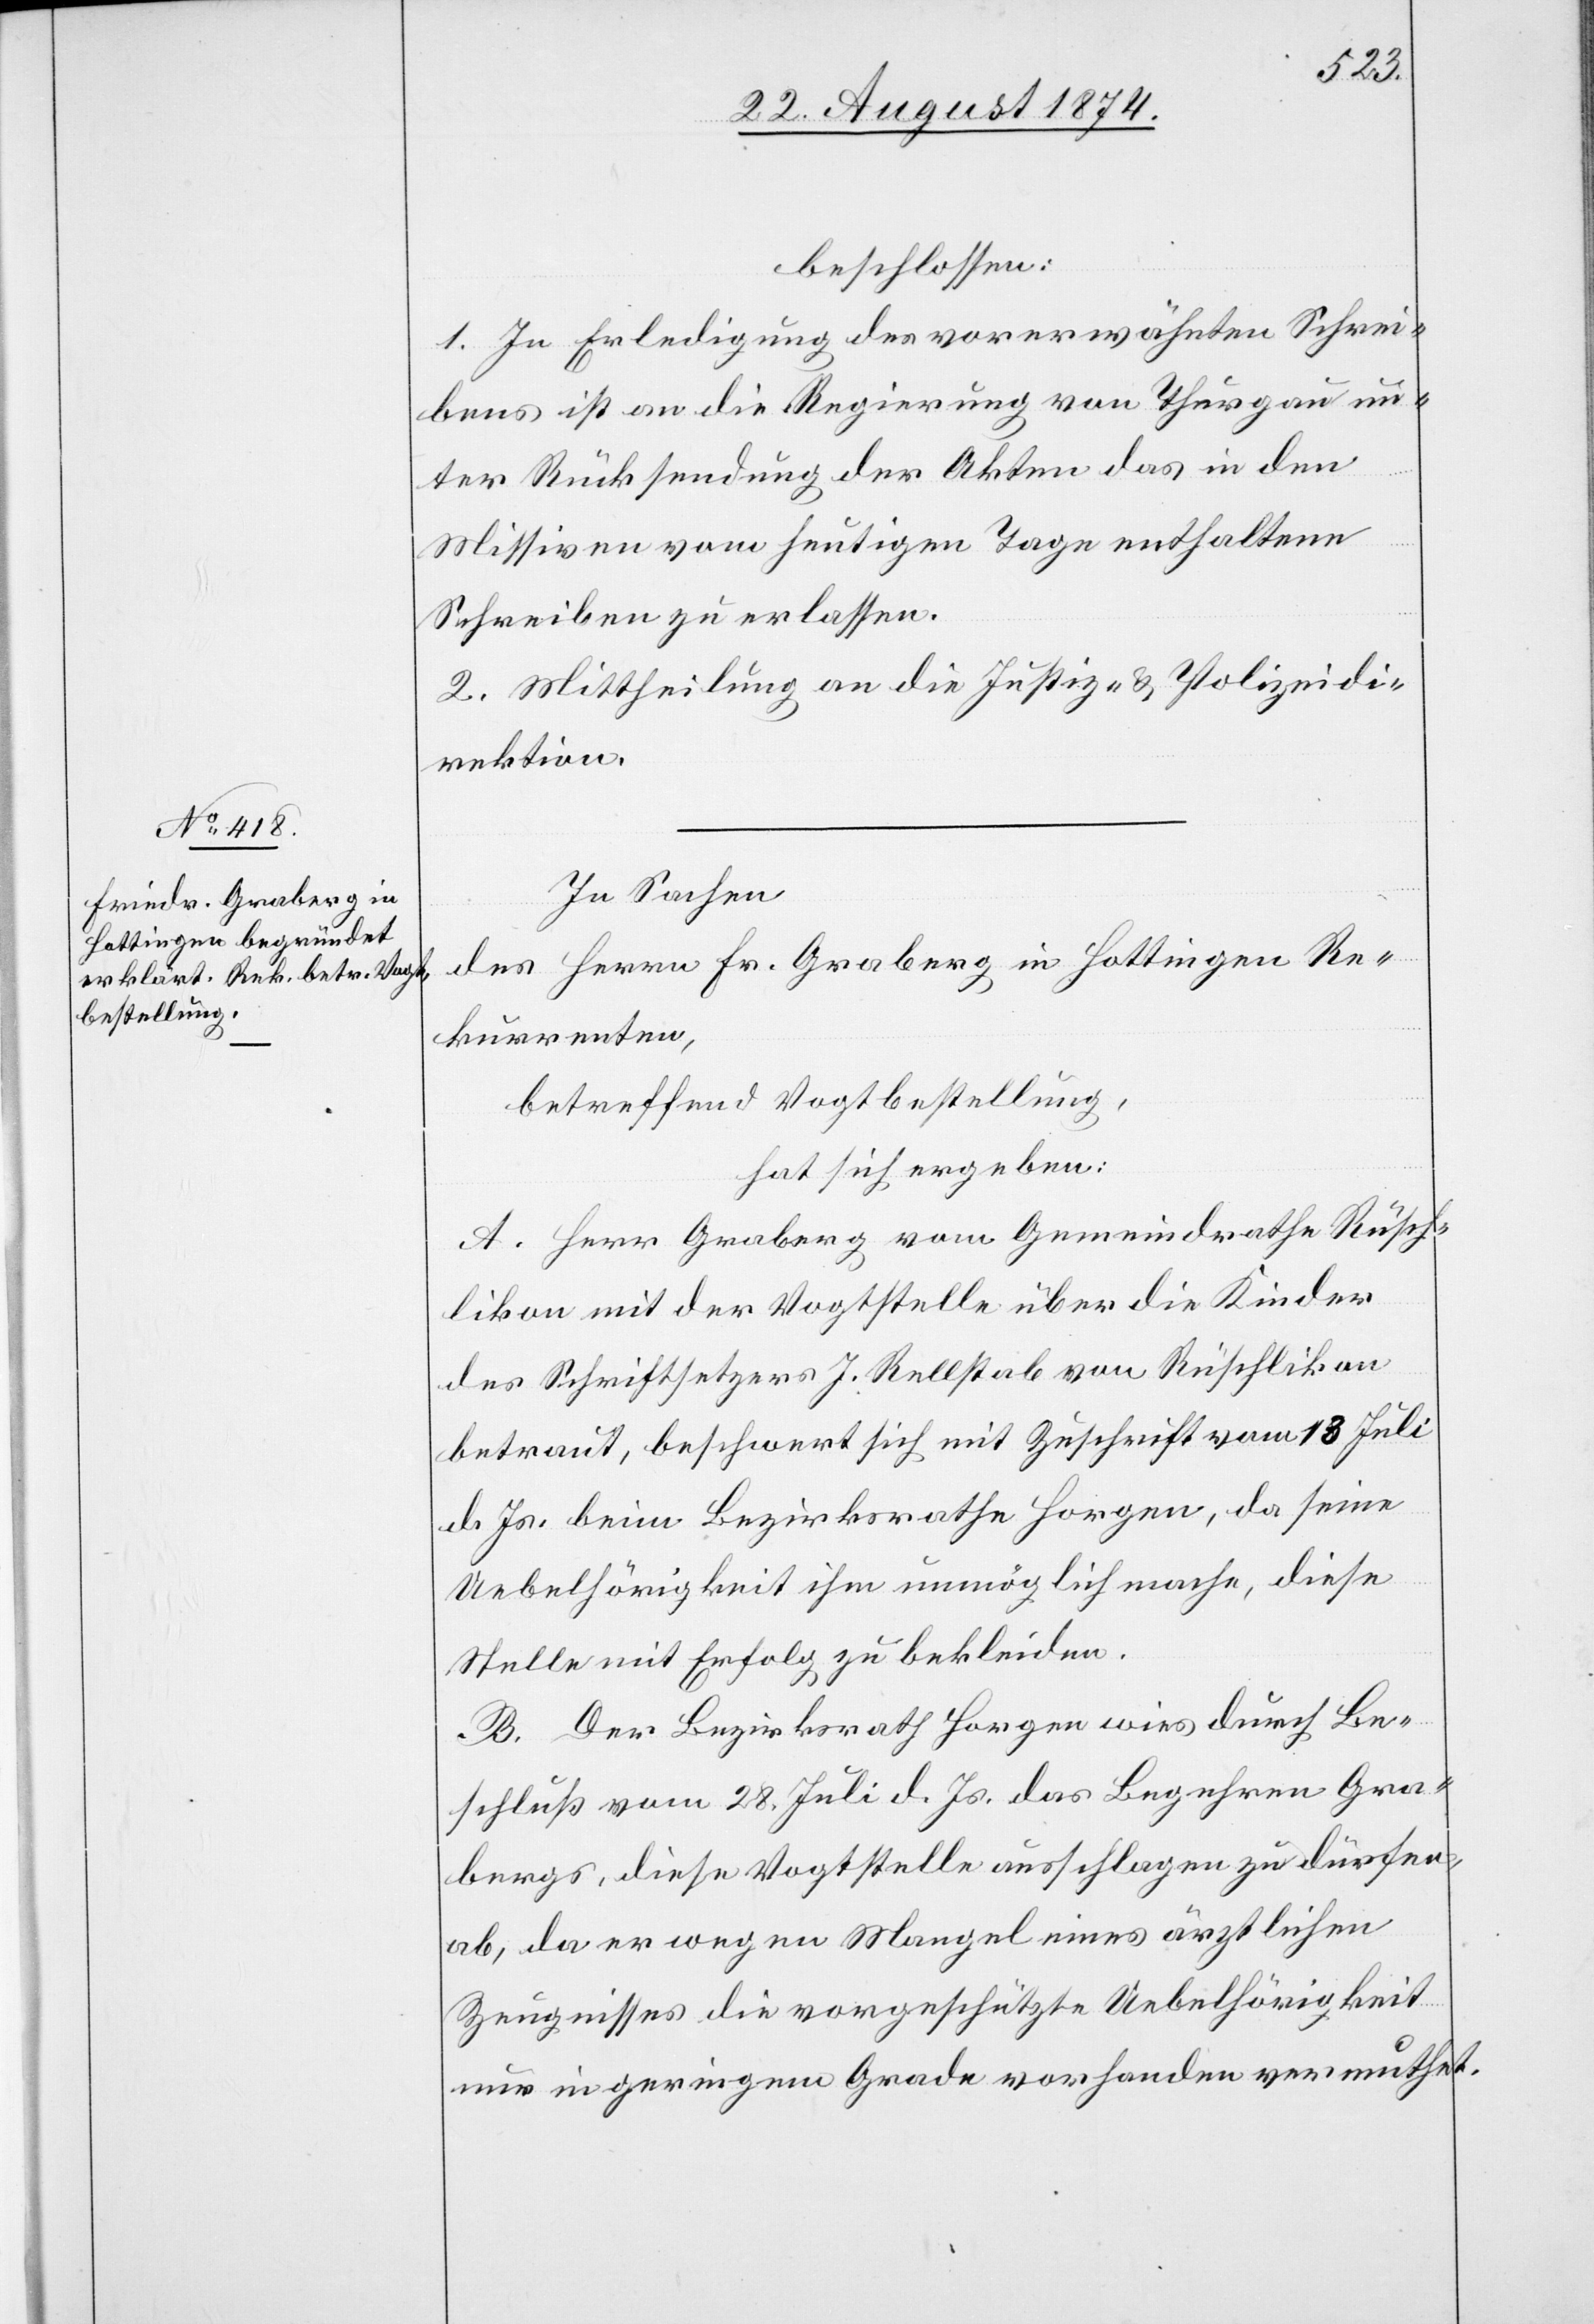
beschlossen:
1. In Erledigung des vorerwähnten Schrei¬
bens ist an die Regierung von Thurgau un¬
ter Rücksendung der Akten das in den
Missiven vom heutigen Tage enthaltene
Schreiben zu erlassen.
2. Mittheilung an die Justiz- u. Polizeidi¬
rektion.
In Sachen
des Herrn Fr. Graberg in Hottingen Re¬
kurrenten,
betreffend Vogtbestellung,
hat sich ergeben:
A. Herr Graberg[,] vom Gemeindrathe Rüsch¬
likon mit der Vogtstelle über die Kinder
des Schriftsetzers J. Rellstab von Rüschlikon
betraut, beschwert sich mit Zuschrift vom 13. Juli
d. Js. beim Bezirksrathe Horgen, da seine
Uebelhörigkeit ihm unmöglich mache, diese
Stelle mit Erfolg zu bekleiden.
B. Der Bezirksrath Horgen wies durch Be¬
schluß vom 28. Juli d. Js. das Begehren Gra¬
bergs, diese Vogtstelle ausschlagen zu dürfen,
ab, da er wegen Mangel eines ärztlichen
Zeugnisses die vorgeschützte Uebelhörigkeit
nur in geringem Grade vorhanden vermuthet.